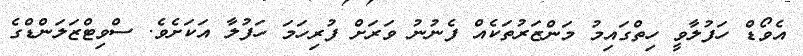
އެވޯޑް ހަފުލާވީ ހިތްގައިމު މަންޒަރުތަކެއް ފެނުނު ވަރަށް ފުރިހަމަ ހަފުލާ އަކަށެވެ. ސްވިޓްޒަލަންޑްގެ